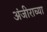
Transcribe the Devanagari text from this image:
अंजीराच्या